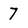
Character: 7